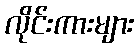
လိုင်းကားများ